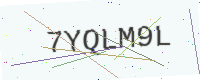
Text: 7YQLM9L